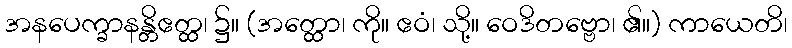
အနပေက္ခာနန္တိဧတ္ထ၊ ၌။ (အတ္ထော၊ ကို။ ဧဝံ၊ သို့။ ဝေဒိတဗ္ဗော၊ ၏။) ကာယေတိ၊